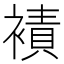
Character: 襀